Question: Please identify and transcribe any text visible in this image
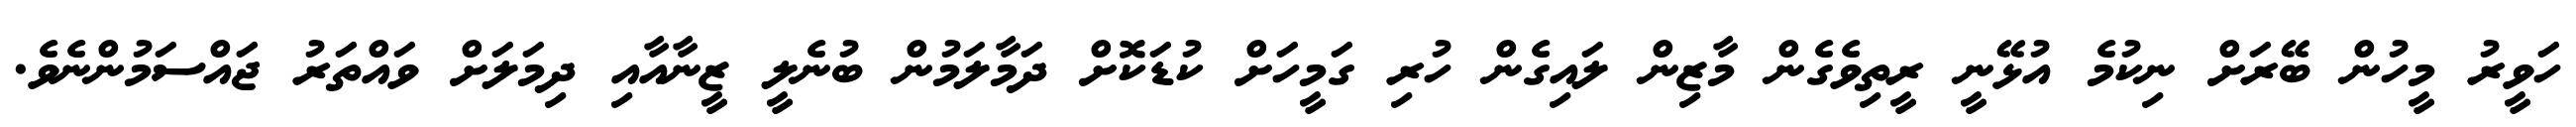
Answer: ހަވީރު މީހުން ބޭރަށް ނިކުމެ އުޅޭނީ ރީތިވެގެން މާޒިން ލައިގެން ހުރި ގަމީހަށް ކުޑަކޮށް ދަމާލަމުން ބުނެލީ ޒީނާއާއި ދިމަލަށް ވައްތަރު ޖައްސަމުންނެވެ.